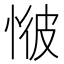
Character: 𢜢